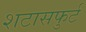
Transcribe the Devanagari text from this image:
शटासफुर्ट